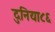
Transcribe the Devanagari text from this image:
दुनिया८६